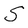
Character: S